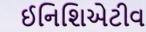
ઈનિશિએટીવ